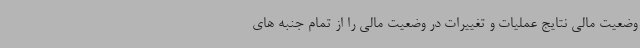
وضعیت مالی نتایج عملیات و تغییرات در وضعیت مالی را از تمام جنبه های